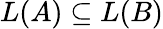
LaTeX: L(A)\subseteq L(B)